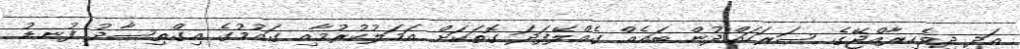
އަދި ދިވެހިރާއްޖޭގެ ސަރަހައްދުން ބައެއް ގެއްލޭފަދަ ގޮތަކަށް އަމަލުކުރުމާއި ގައުމުގެ އިގްތިސާދު ފުނޑު